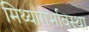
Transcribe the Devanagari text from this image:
मिथ्यागर्भावस्था